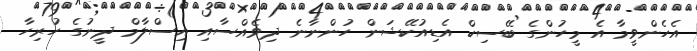
އެހެންވީމާ އެ މީހުންގެ ބޭސިކް އެޑިއުކޭޝަން ހުންނާނެ ދިވެއްސާއި އިސްލާމް ދީނުގެ ހުރިހާ